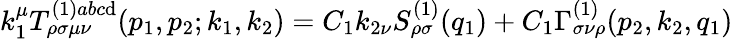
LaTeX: k_{1}^{\mu}T_{\rho\sigma\mu\nu}^{(1)abc\mathrm{d}}(p_{1},p_{2};k_{1},k_{2})=C_{1}k_{2\nu}S_{\rho\sigma}^{(1)}(q_{1})+C_{1}\Gamma_{\sigma\nu\rho}^{(1)}(p_{2},k_{2},q_{1})